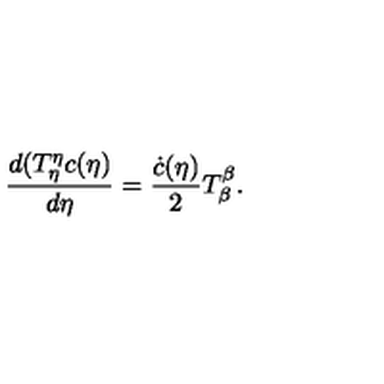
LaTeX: \frac { d ( T _ { \eta } ^ { \eta } c ( \eta ) } { d \eta } = \frac { \dot { c } ( \eta ) } { 2 } T _ { \beta } ^ { \beta } .